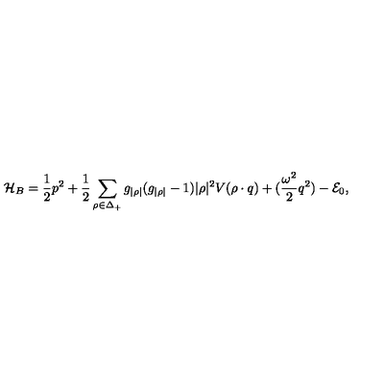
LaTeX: { \cal H } _ { B } = { \frac { 1 } { 2 } } p ^ { 2 } + { \frac { 1 } { 2 } } \sum _ { \rho \in \Delta _ { + } } g _ { | \rho | } ( g _ { | \rho | } - 1 ) | \rho | ^ { 2 } V ( \rho \cdot q ) + ( { \frac { \omega ^ { 2 } } { 2 } } q ^ { 2 } ) - { \cal E } _ { 0 } ,